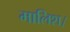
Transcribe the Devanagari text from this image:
मालिश।